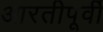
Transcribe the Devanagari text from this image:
आरतीपूर्वी